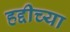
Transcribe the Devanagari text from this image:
हद्दीच्या